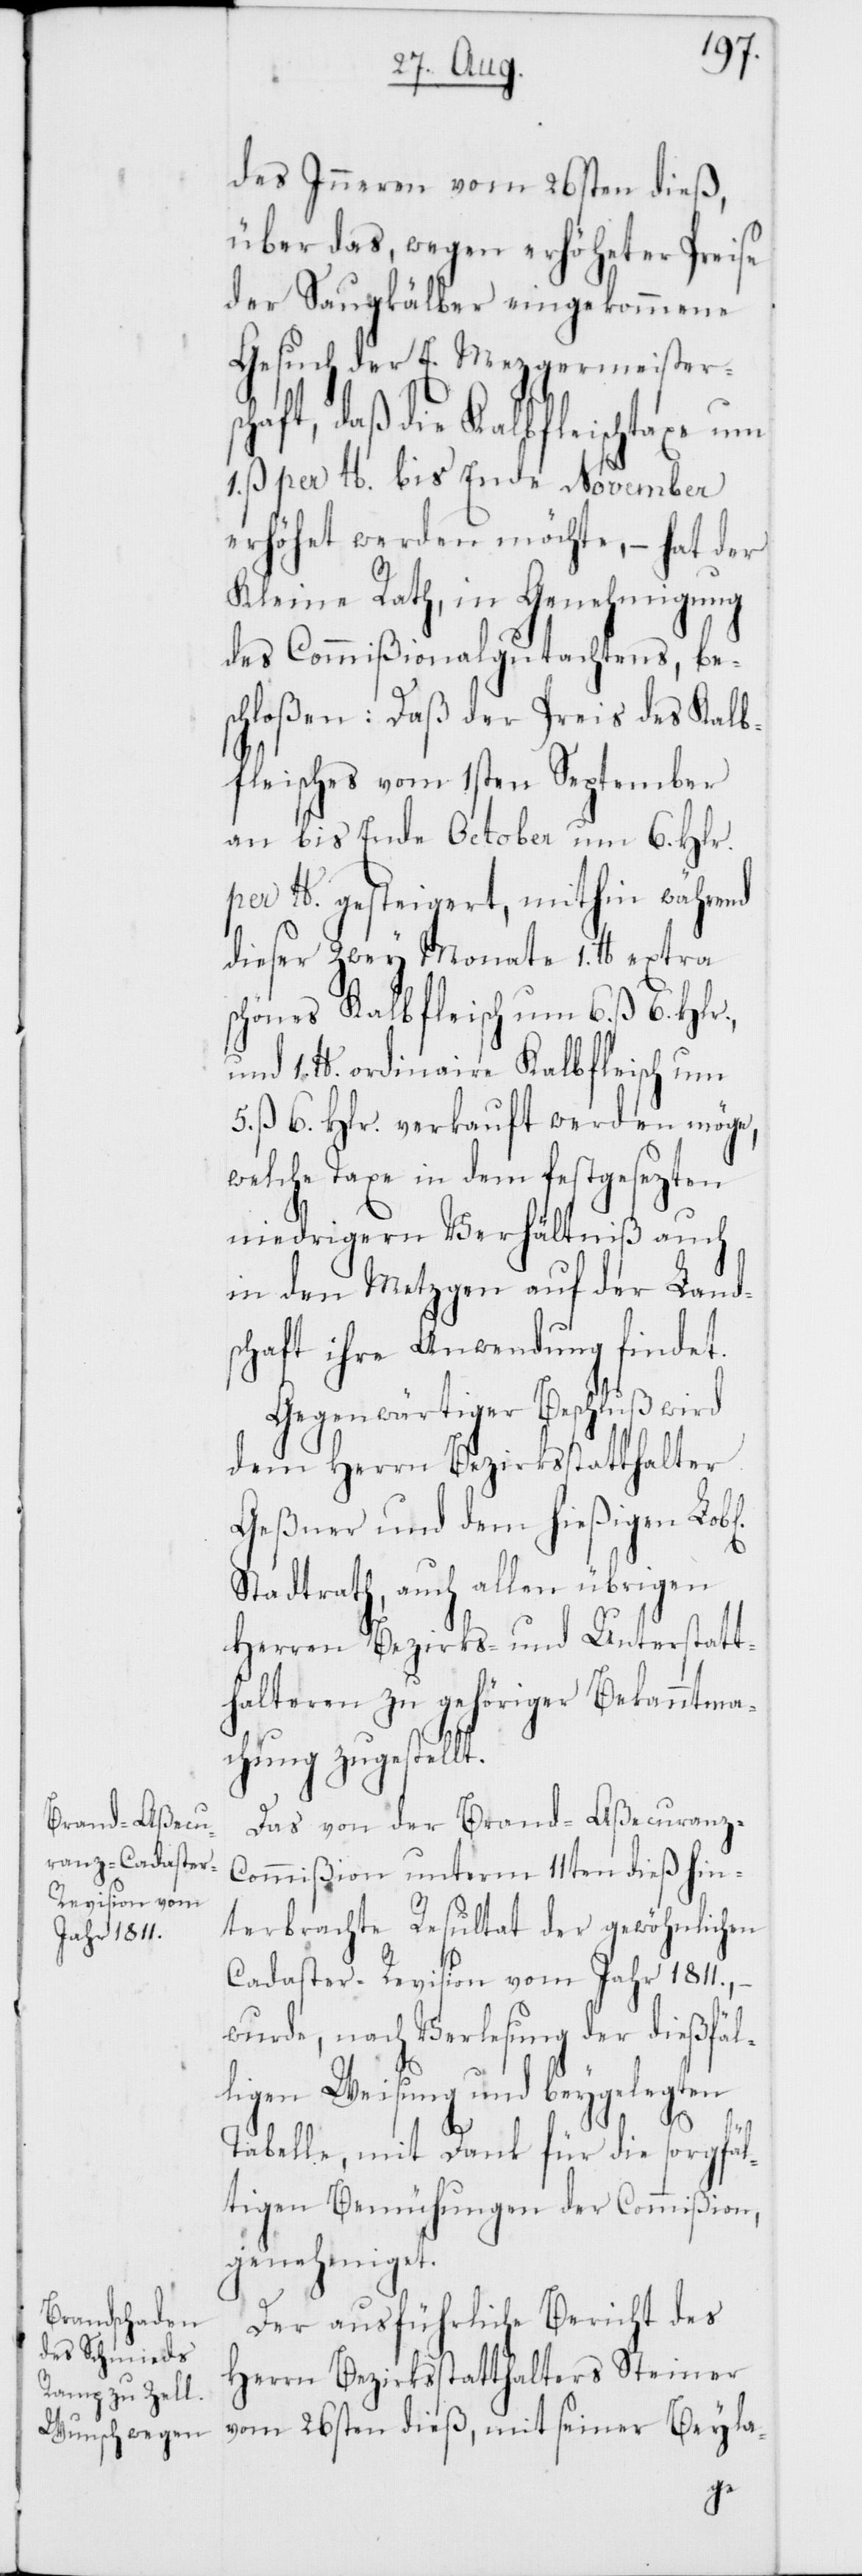
des Inneren vom 26sten dieß,
über das, wegen erhöheter Preise
der Saugkälber eingekommene
Gesuch der E. Mezgermeisters¬
chaft, daß die Kalbfleischtaxe um
1. ß per lb. bis Ende November
erhöhet werden möchte, – hat der
Kleine Rath, in Genehmigung
des Commißionalgutachtens be¬
schloßen: Daß der Preis des Kalb¬
fleisches vom 1sten September
an bis Ende October um 6. Hlr.
per lb. gesteigert, mithin während
dieser zwey Monate 1. lb. extra
schönes Kalbfleisch um 6. ß 6. Hlr.,
und 1. lb. ordinaire Kalbfleisch um
5. ß 6. Hlr. verkauft werden möge,
welche Taxe in dem festgesezten
niedrigeren Verhältniß auch
in den Metzgen auf der Land¬
schaft ihre Anwendung findet.
Gegenwärtiger Beschluß wird
dem Herrn Bezirksstatthalter
Geßner und dem hießigen Lob¬
Stadtrath, auch allen übrigen
Herren Bezirks- und Unterstatt¬
halteren zu gehöriger Bekanntma¬
chung zugestellt.
Das von der Brand-Aßecuranz-C¬
ommißion unterm 11ten dieß hin¬
terbrachte Resultat der gewöhnlichen
Cadaster-Revision vom Jahr 1811., –
wurde, nach Verlesung der dießfäl¬
ligen Weisung und beygelegten
l[ichen]
Tabelle, mit Dank für die sorgfäl¬
tigen Bemühungen der Commißion,
genehmiget.
Der ausführliche Bericht des
Herrn Bezirksstatthalters Steiner
vom 26sten dieß, mit seiner Beyla-